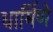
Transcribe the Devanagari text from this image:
धार्मिणे